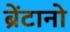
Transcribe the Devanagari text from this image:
ब्रेंटानो